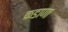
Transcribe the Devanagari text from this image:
कडाणा